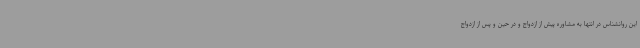
این روانشناس در انتها به مشاوره پیش از ازدواج و در حین و پس از ازدواج